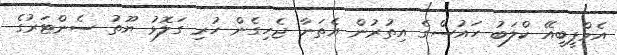
އެމްޕީބީއޭ ކްލަބު ހައުސްގެ އިތުރުން އެތަނާ ޖެހިގެން ހުރި ގަލޮޅު ޔޫތު ސެންޓަރުގެ